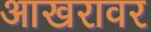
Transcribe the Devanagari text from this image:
आखरावर